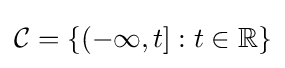
{\mathcal {C}}=\{(-\infty ,t]:t\in {\mathbb {R} }\}